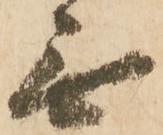
無